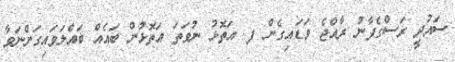
ސައުދީ ރަސްގެފާނު ރާއްޖެ ވަޑައިގެން ފ. އަތޮޅު ނުވަތަ އަތޮޅުން ބައެއް ބައްލަވައިގަންނަވާ